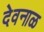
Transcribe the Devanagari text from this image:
देवनाळ